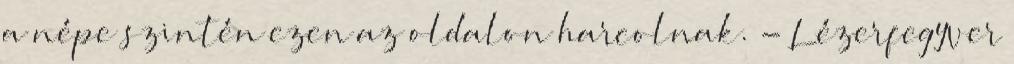
a népe szintén ezen az oldalon harcolnak. - Lézerfegyver